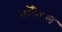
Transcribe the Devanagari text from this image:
नॉरिएल